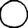
Digit: 0